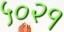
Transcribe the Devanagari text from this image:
५०२१